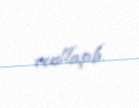
reallaşıb.